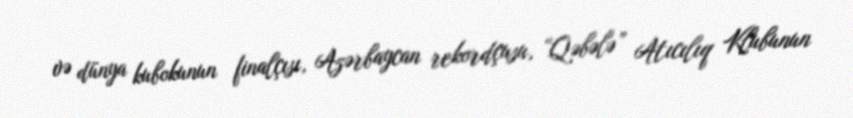
və dünya kubokunun finalçısı, Azərbaycan rekordçusu, “Qəbələ” Atıcılıq Klubunun